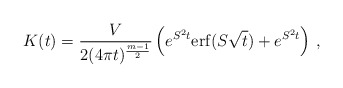
\begin{align*}K(t)=\frac {V}{2(4\pi t)^{\frac{m-1}2}} \left( e^{S^2t} {\rm erf}(S\sqrt t ) +e^{S^2t} \right)\,, \end{align*}